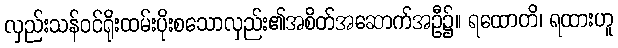
လှည်းသန်ဝင်ရိုးထမ်းပိုးစသောလှည်း၏အစိတ်အဆောက်အဦ၌။ ရထောတိ၊ ရထားဟူ